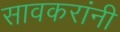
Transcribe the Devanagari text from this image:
सावकरांनी